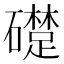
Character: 𥗈